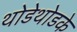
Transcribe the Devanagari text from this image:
थोडेथोडके